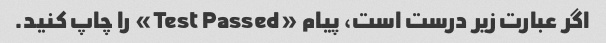
اگر عبارت زیر درست است، پیام «Test Passed» را چاپ کنید.